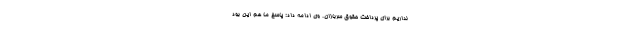
نداریم برای پرداخت حقوق سربازان. وی ادامه داد: پاسخ ما هم این بود